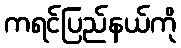
ကရင်ပြည်နယ်ကို